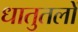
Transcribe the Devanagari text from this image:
धातुतलों